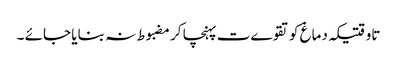
تاوقتیکہ دماغ کو تقوےت پہنچا کر مضبوط نہ بنایا جائے ۔